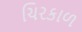
ચિરકાળ